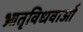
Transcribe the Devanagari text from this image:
भ्रातृविधवाओं